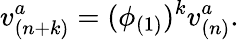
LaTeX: v_{(n+k)}^{a}=(\phi_{(1)})^{k}v_{(n)}^{a}.